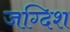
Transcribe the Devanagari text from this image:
जग्दिश